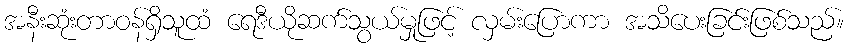
အနီးဆုံးတာဝန်ရှိသူထံ ရေဒီယိုဆက်သွယ်မှုဖြင့် လှမ်းပြောကာ အသိပေးခြင်းဖြစ်သည်။